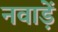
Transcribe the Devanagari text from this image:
नवाड़ें